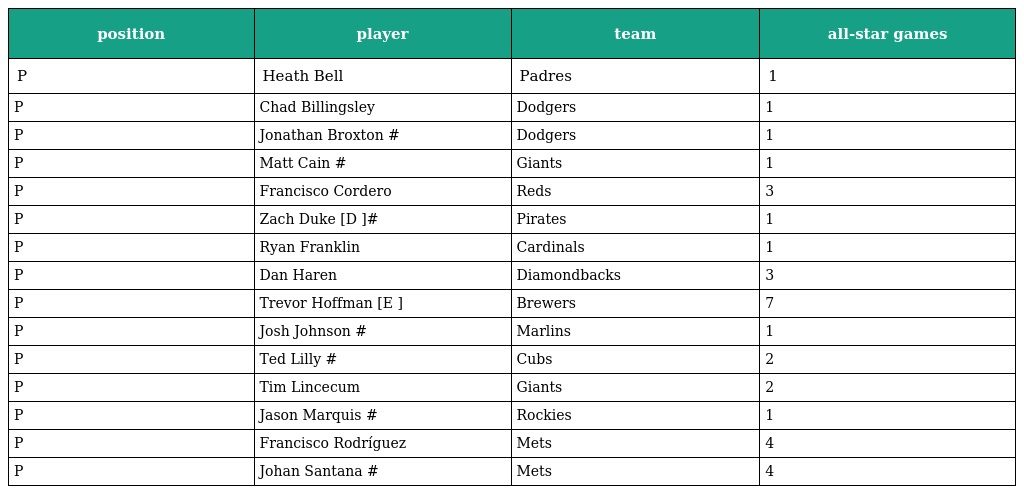
| position | player | team | all-star games |
 | --- | --- | --- | --- |
 | P | Heath Bell | Padres | 1 |
 | P | Chad Billingsley | Dodgers | 1 |
 | P | Jonathan Broxton # | Dodgers | 1 |
 | P | Matt Cain # | Giants | 1 |
 | P | Francisco Cordero | Reds | 3 |
 | P | Zach Duke [D ]# | Pirates | 1 |
 | P | Ryan Franklin | Cardinals | 1 |
 | P | Dan Haren | Diamondbacks | 3 |
 | P | Trevor Hoffman [E ] | Brewers | 7 |
 | P | Josh Johnson # | Marlins | 1 |
 | P | Ted Lilly # | Cubs | 2 |
 | P | Tim Lincecum | Giants | 2 |
 | P | Jason Marquis # | Rockies | 1 |
 | P | Francisco Rodríguez | Mets | 4 |
 | P | Johan Santana # | Mets | 4 |